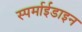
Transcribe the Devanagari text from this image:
स्पर्माईडाइन